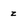
Character: z